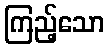
ကြည့်သော